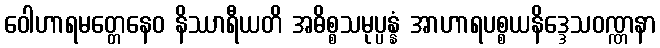
ဝေါဟာရမတ္တေနေဝ နိဿာရီယတိ အဓိစ္စသမုပ္ပန္နံ အာဟာရပစ္စယနိဒ္ဒေသဝဏ္ဏနာ